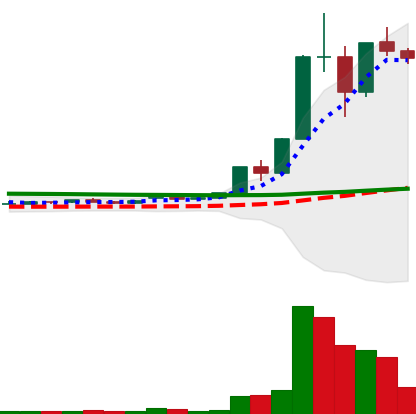
Ticker: XLM-USD
Chart end date: 2020-11-29
Forward return: -16.151%
Label: down_7plus